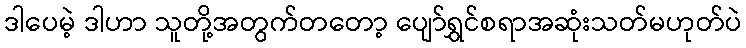
ဒါပေမဲ့ ဒါဟာ သူတို့အတွက်တတော့ ပျော်ရွှင်စရာအဆုံးသတ်မဟုတ်ပဲ